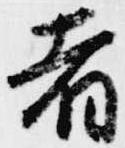
者